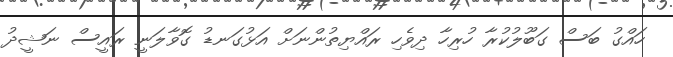
ހައްގު ބަސް ގަބޫލުކުރާ ހުރިހާ ދިވެހި ރައްޔިތުންނަށް އަޅުގަނޑު ގޮވާލަނީ ރައީސް ނަޝީދު